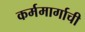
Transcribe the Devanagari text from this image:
कर्ममार्गाची